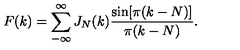
F ( k ) = \sum _ { - \infty } ^ { \infty } J _ { N } ( k ) \frac { \sin [ \pi ( k - N ) ] } { \pi ( k - N ) } .